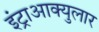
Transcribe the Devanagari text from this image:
इंट्राआक्युलार